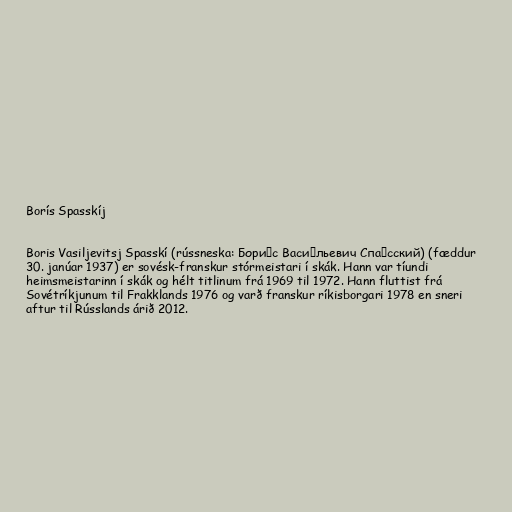
Borís Spasskíj

Boris Vasiljevitsj Spasskí (rússneska: Бори́с Васи́льевич Спа́сский) (fæddur
30. janúar 1937) er sovésk-franskur stórmeistari í skák. Hann var tíundi
heimsmeistarinn í skák og hélt titlinum frá 1969 til 1972. Hann fluttist frá
Sovétríkjunum til Frakklands 1976 og varð franskur ríkisborgari 1978 en sneri
aftur til Rússlands árið 2012.